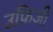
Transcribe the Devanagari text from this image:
उफिजी